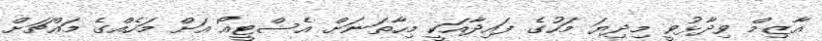
އާޒިމް ވިދާޅުވީ މިދިޔަ މަހުގެ ފައިދާއަކީ މިހާތަނަށް އެސްޓީއޯ އަށް މަހެއްގެ މައްޗަށް